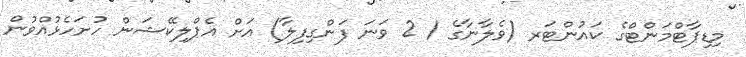
މިޑިޕާޓްމަންޓްގެ ކައުންޓަރ (ވެލާނާގެ / 2 ވަނަ ފަންގިފިލާ) އަށް އެޕްލިކޭޝަން ހުށަހެޅުއްވުން